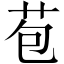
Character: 苞